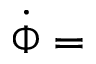
\dot { \Phi } =